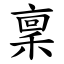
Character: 稟